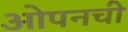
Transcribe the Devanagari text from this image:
ओपनची